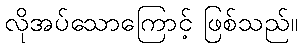
လိုအပ်သောကြောင့် ဖြစ်သည်။